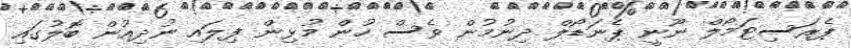
ޕެރަސިޓަމޯލް ނޫނީ ޕެނަޑޯލް ދިނުމުން ވެސް ހުން މުޅިން ފިލައި ނުދިއުން ބޮލުގައި